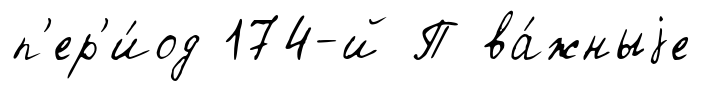
п'ер'и́од 174-й П ва́жныjе